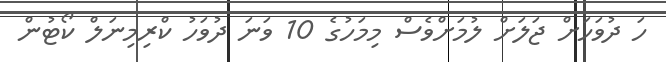
ހަ ދުވަހަށް ޖަލަށް ލުމަށްވެސް މިމަހުގެ 10 ވަނަ ދުވަހު ކްރިމިނަލް ކޯޓުން